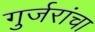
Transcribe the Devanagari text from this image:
गुर्जरांचा